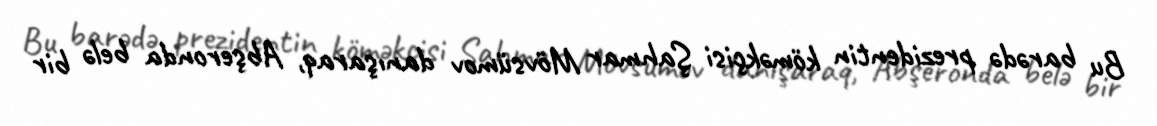
Bu barədə prezidentin köməkçisi Şahmar Mövsümov danışaraq, Abşeronda belə bir